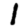
Digit: 1